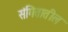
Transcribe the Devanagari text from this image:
संगितातील